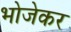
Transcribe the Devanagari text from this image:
भोजेकर